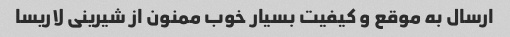
ارسال به موقع و کیفیت بسیار خوب ممنون از شیرینی لاریسا